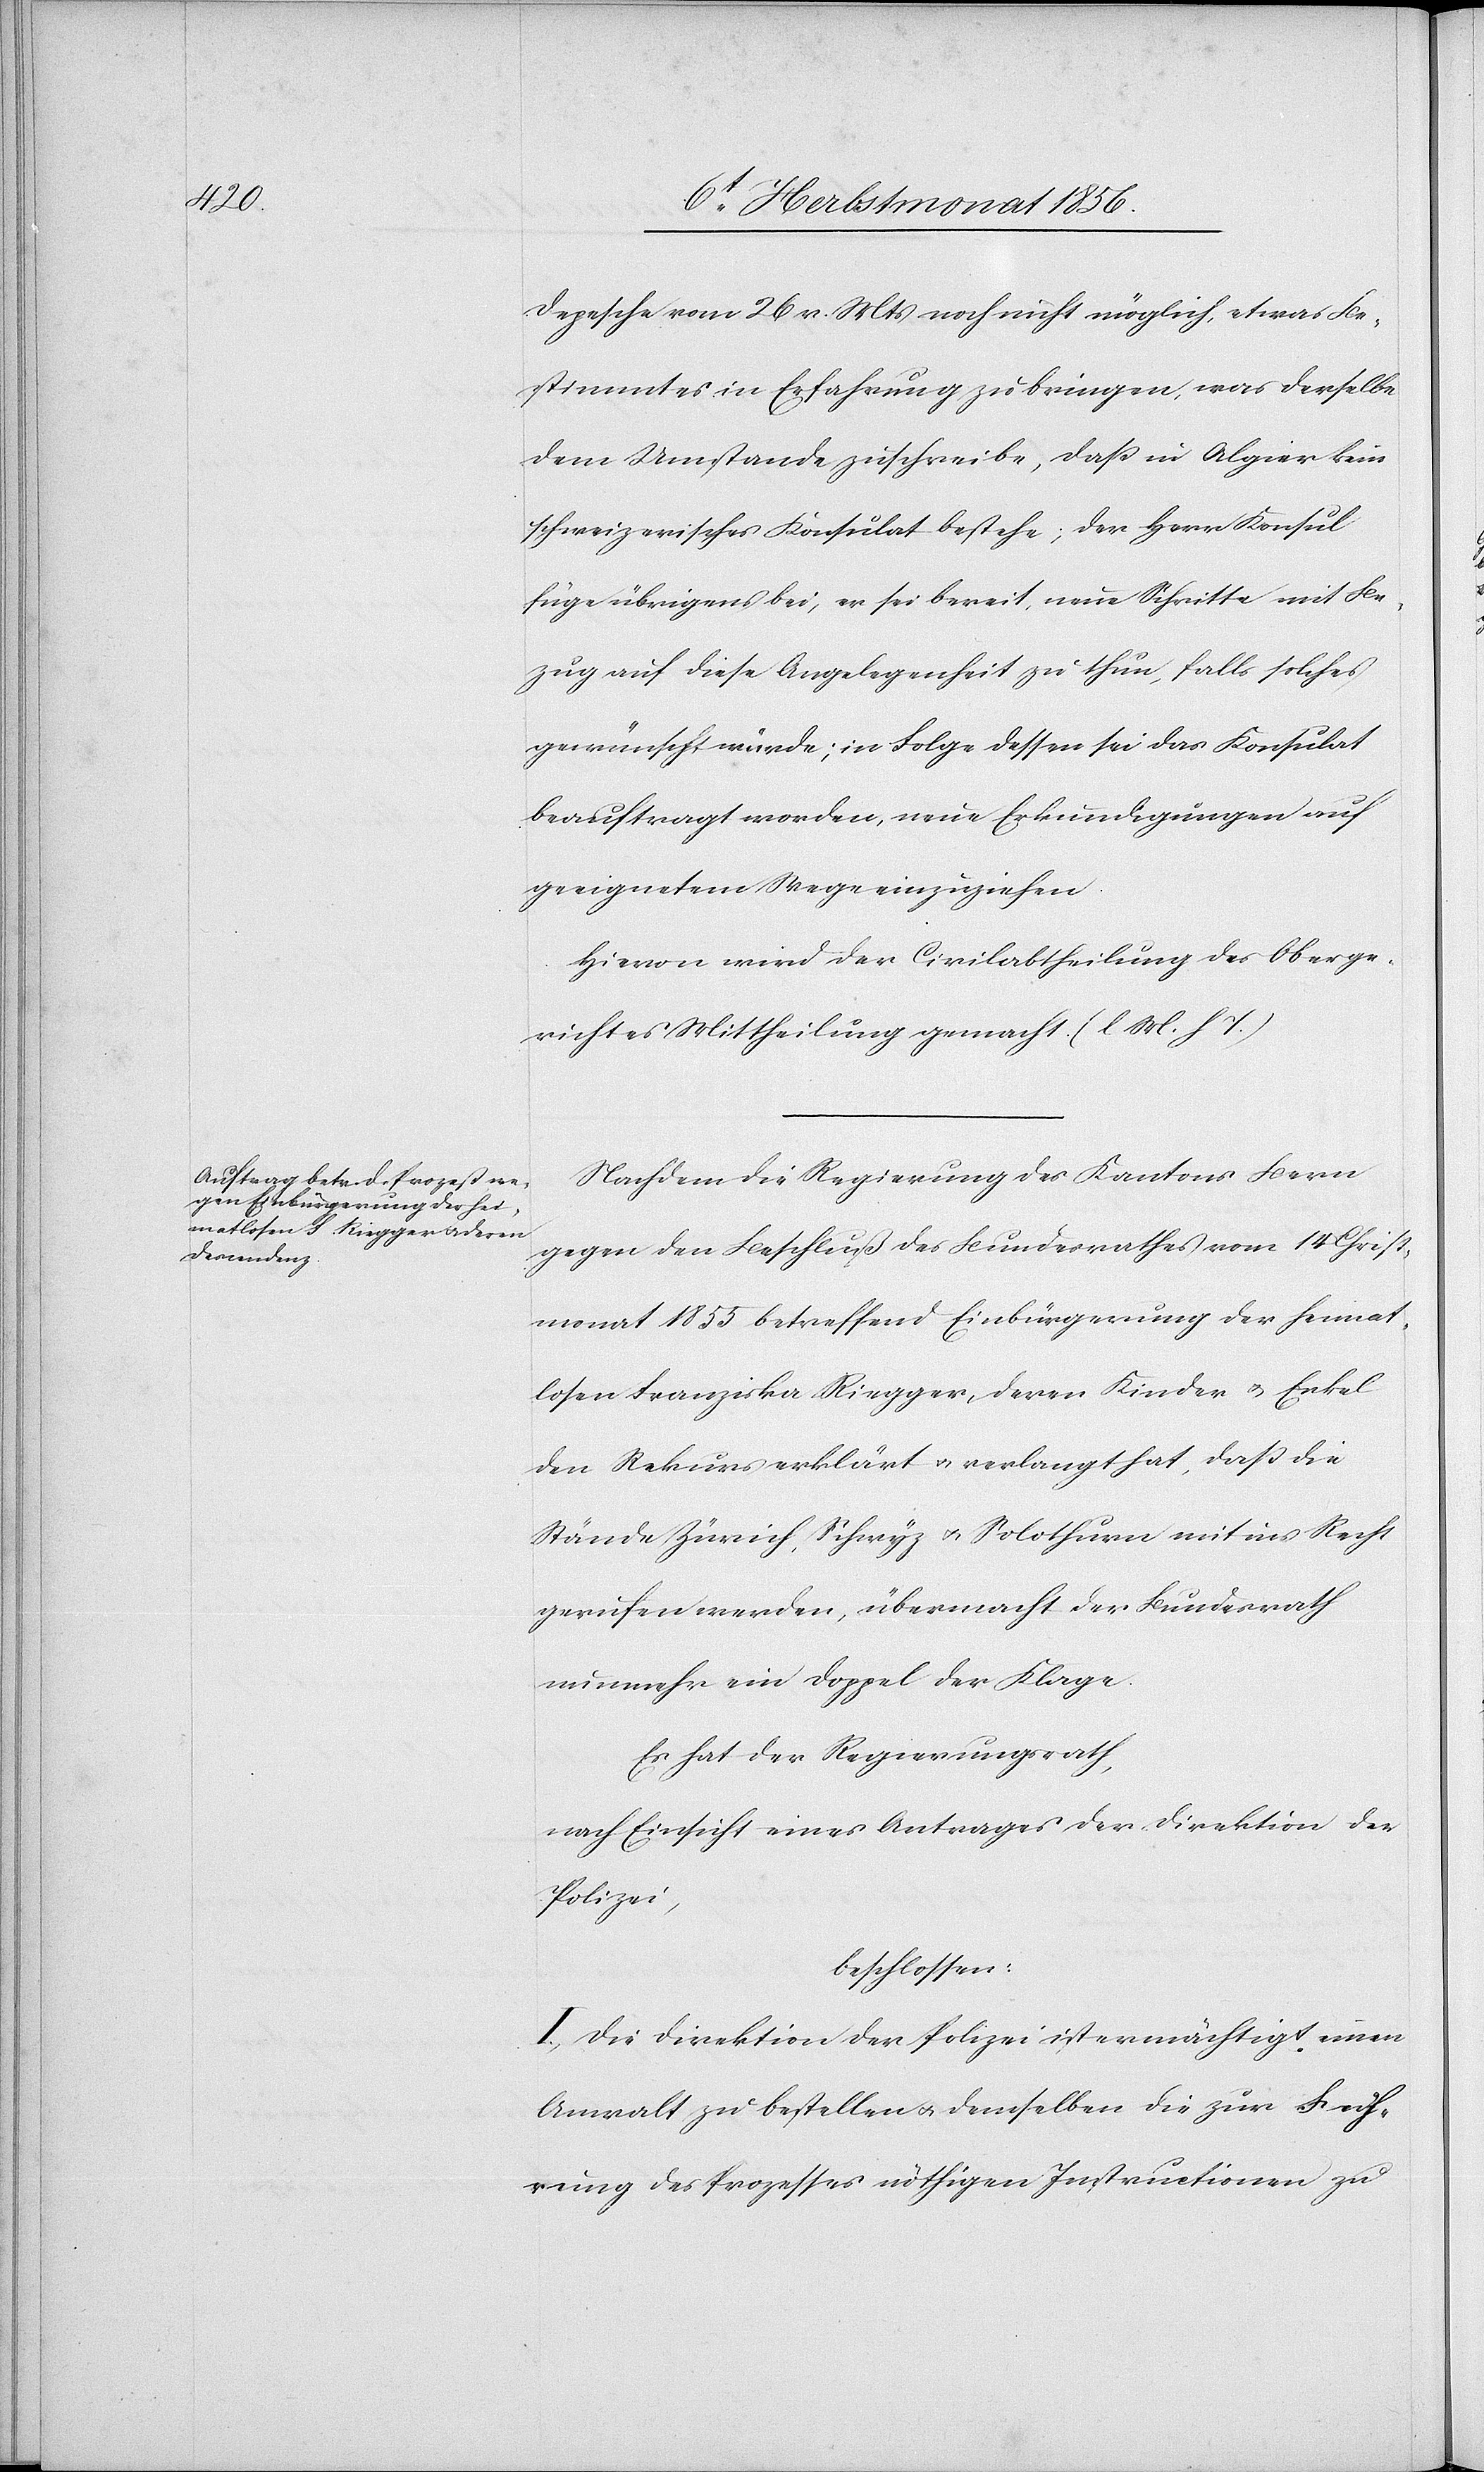
Füh¬

Depesche vom 26 v. Mts noch nicht möglich, etwas Be¬
stimmtes in Erfahrung zu bringen, was derselbe
dem Umstande zuschreibe, dass in Algier kein
schweizerisches Konsulat bestehe; der Herr Konsul
füge übrigens bei, er sei bereit, neue Schritte mit Be¬
zug auf diese Angelegenheit zu thun, falls solches
gewünscht würde; in Folge dessen sei das Konsulat
beauftragt worden, neue Erkundigungen auf
geeignetem Wege einzuziehen.
Hievon wird der Civilabtheilung des Oberge¬
richtes Mittheilung gemacht. (l M. h T.)
Nachdem die Regierung des Kantons Bern
gegen den Beschluß des Bundesrathes vom 14 Christ¬
monat 1855 betreffend Einbürgerung der heimat¬
losen Franziska Riegger, deren Kinder u. Enkel
den Rekurs erklärt u. verlangt hat, dass die
Stände Zürich, Schwyz u. Solothurn mit ins Recht
gerufen werden, übermacht der Bundesrath
nunmehr ein Doppel der Klage.
Es hat der Regierungsrath,
nach Einsicht eines Antrages der Direktion der
Polizei,
beschlossen:
I.) Die Direktion der Polizei ist ermächtigt einen
Anwalt zu bestellen u. demselben die zur Fuh¬
rung] des Prozesses nöthigen Instructionen zu